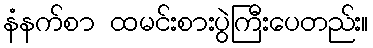
နံနက်စာ ထမင်းစားပွဲကြီးပေတည်း။